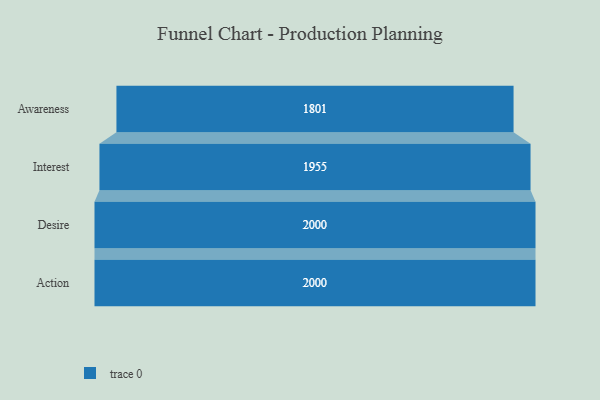
{"axis": {"x": "Stage", "y": "Value"}, "legend": [""], "data": [{"x": "Awareness", "y": 1801.0, "type": ""}, {"x": "Interest", "y": 1955.0, "type": ""}, {"x": "Desire", "y": 2000, "type": ""}, {"x": "Action", "y": 2000, "type": ""}]}